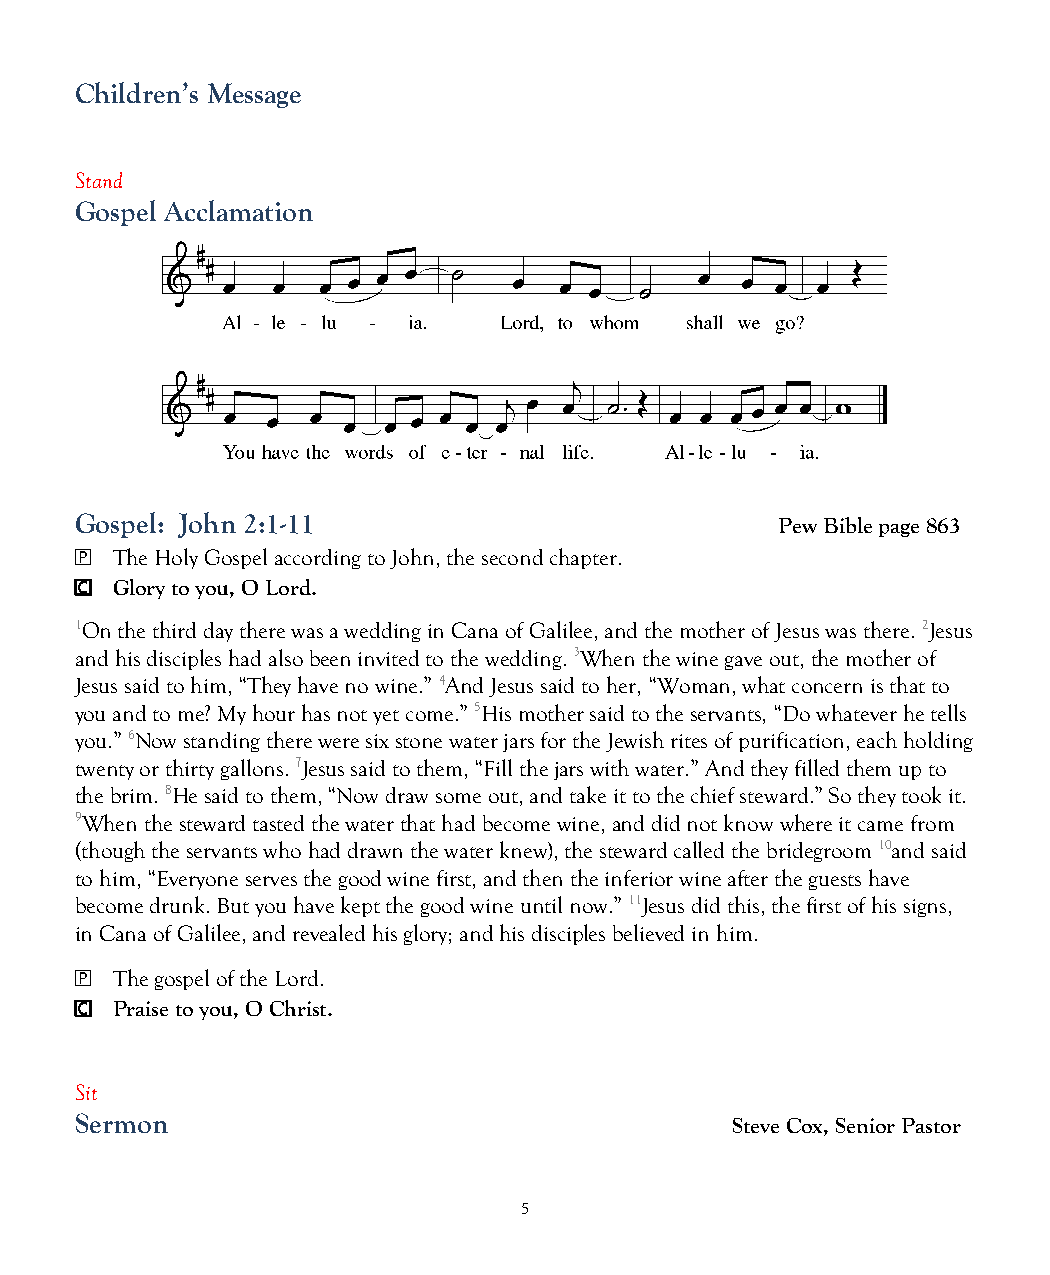
Children’s Message
 Stand
 Gospel Acclamation
 Gospel: John 2:1-11                            Pew Bible page 863
 🄿 The Holy Gospel according to John, the second chapter.
 🄲 Glory to you, O Lord.
 1On the third day there was a wedding in Cana of Galilee, and the mother of Jesus was there. 2Jesus
 and his disciples had also been invited to the wedding. 3When the wine gave out, the mother of
 Jesus said to him, “They have no wine.” 4And Jesus said to her, “Woman, what concern is that to
 you and to me? My hour has not yet come.” 5His mother said to the servants, “Do whatever he tells
 you.” 6Now standing there were six stone water jars for the Jewish rites of purification, each holding
 twenty or thirty gallons. 7Jesus said to them, “Fill the jars with water.” And they filled them up to
 the brim. 8He said to them, “Now draw some out, and take it to the chief steward.” So they took it.
 9When the steward tasted the water that had become wine, and did not know where it came from
 (though the servants who had drawn the water knew), the steward called the bridegroom 10and said
 to him, “Everyone serves the good wine first, and then the inferior wine after the guests have
 become drunk. But you have kept the good wine until now.” 11Jesus did this, the first of his signs,
 in Cana of Galilee, and revealed his glory; and his disciples believed in him.
 🄿 The gospel of the Lord.
 🄲 Praise to you, O Christ.
 Sit
 Sermon                                     Steve Cox, Senior Pastor
 5